Leningradi_Edasi_toimetus, lk 169
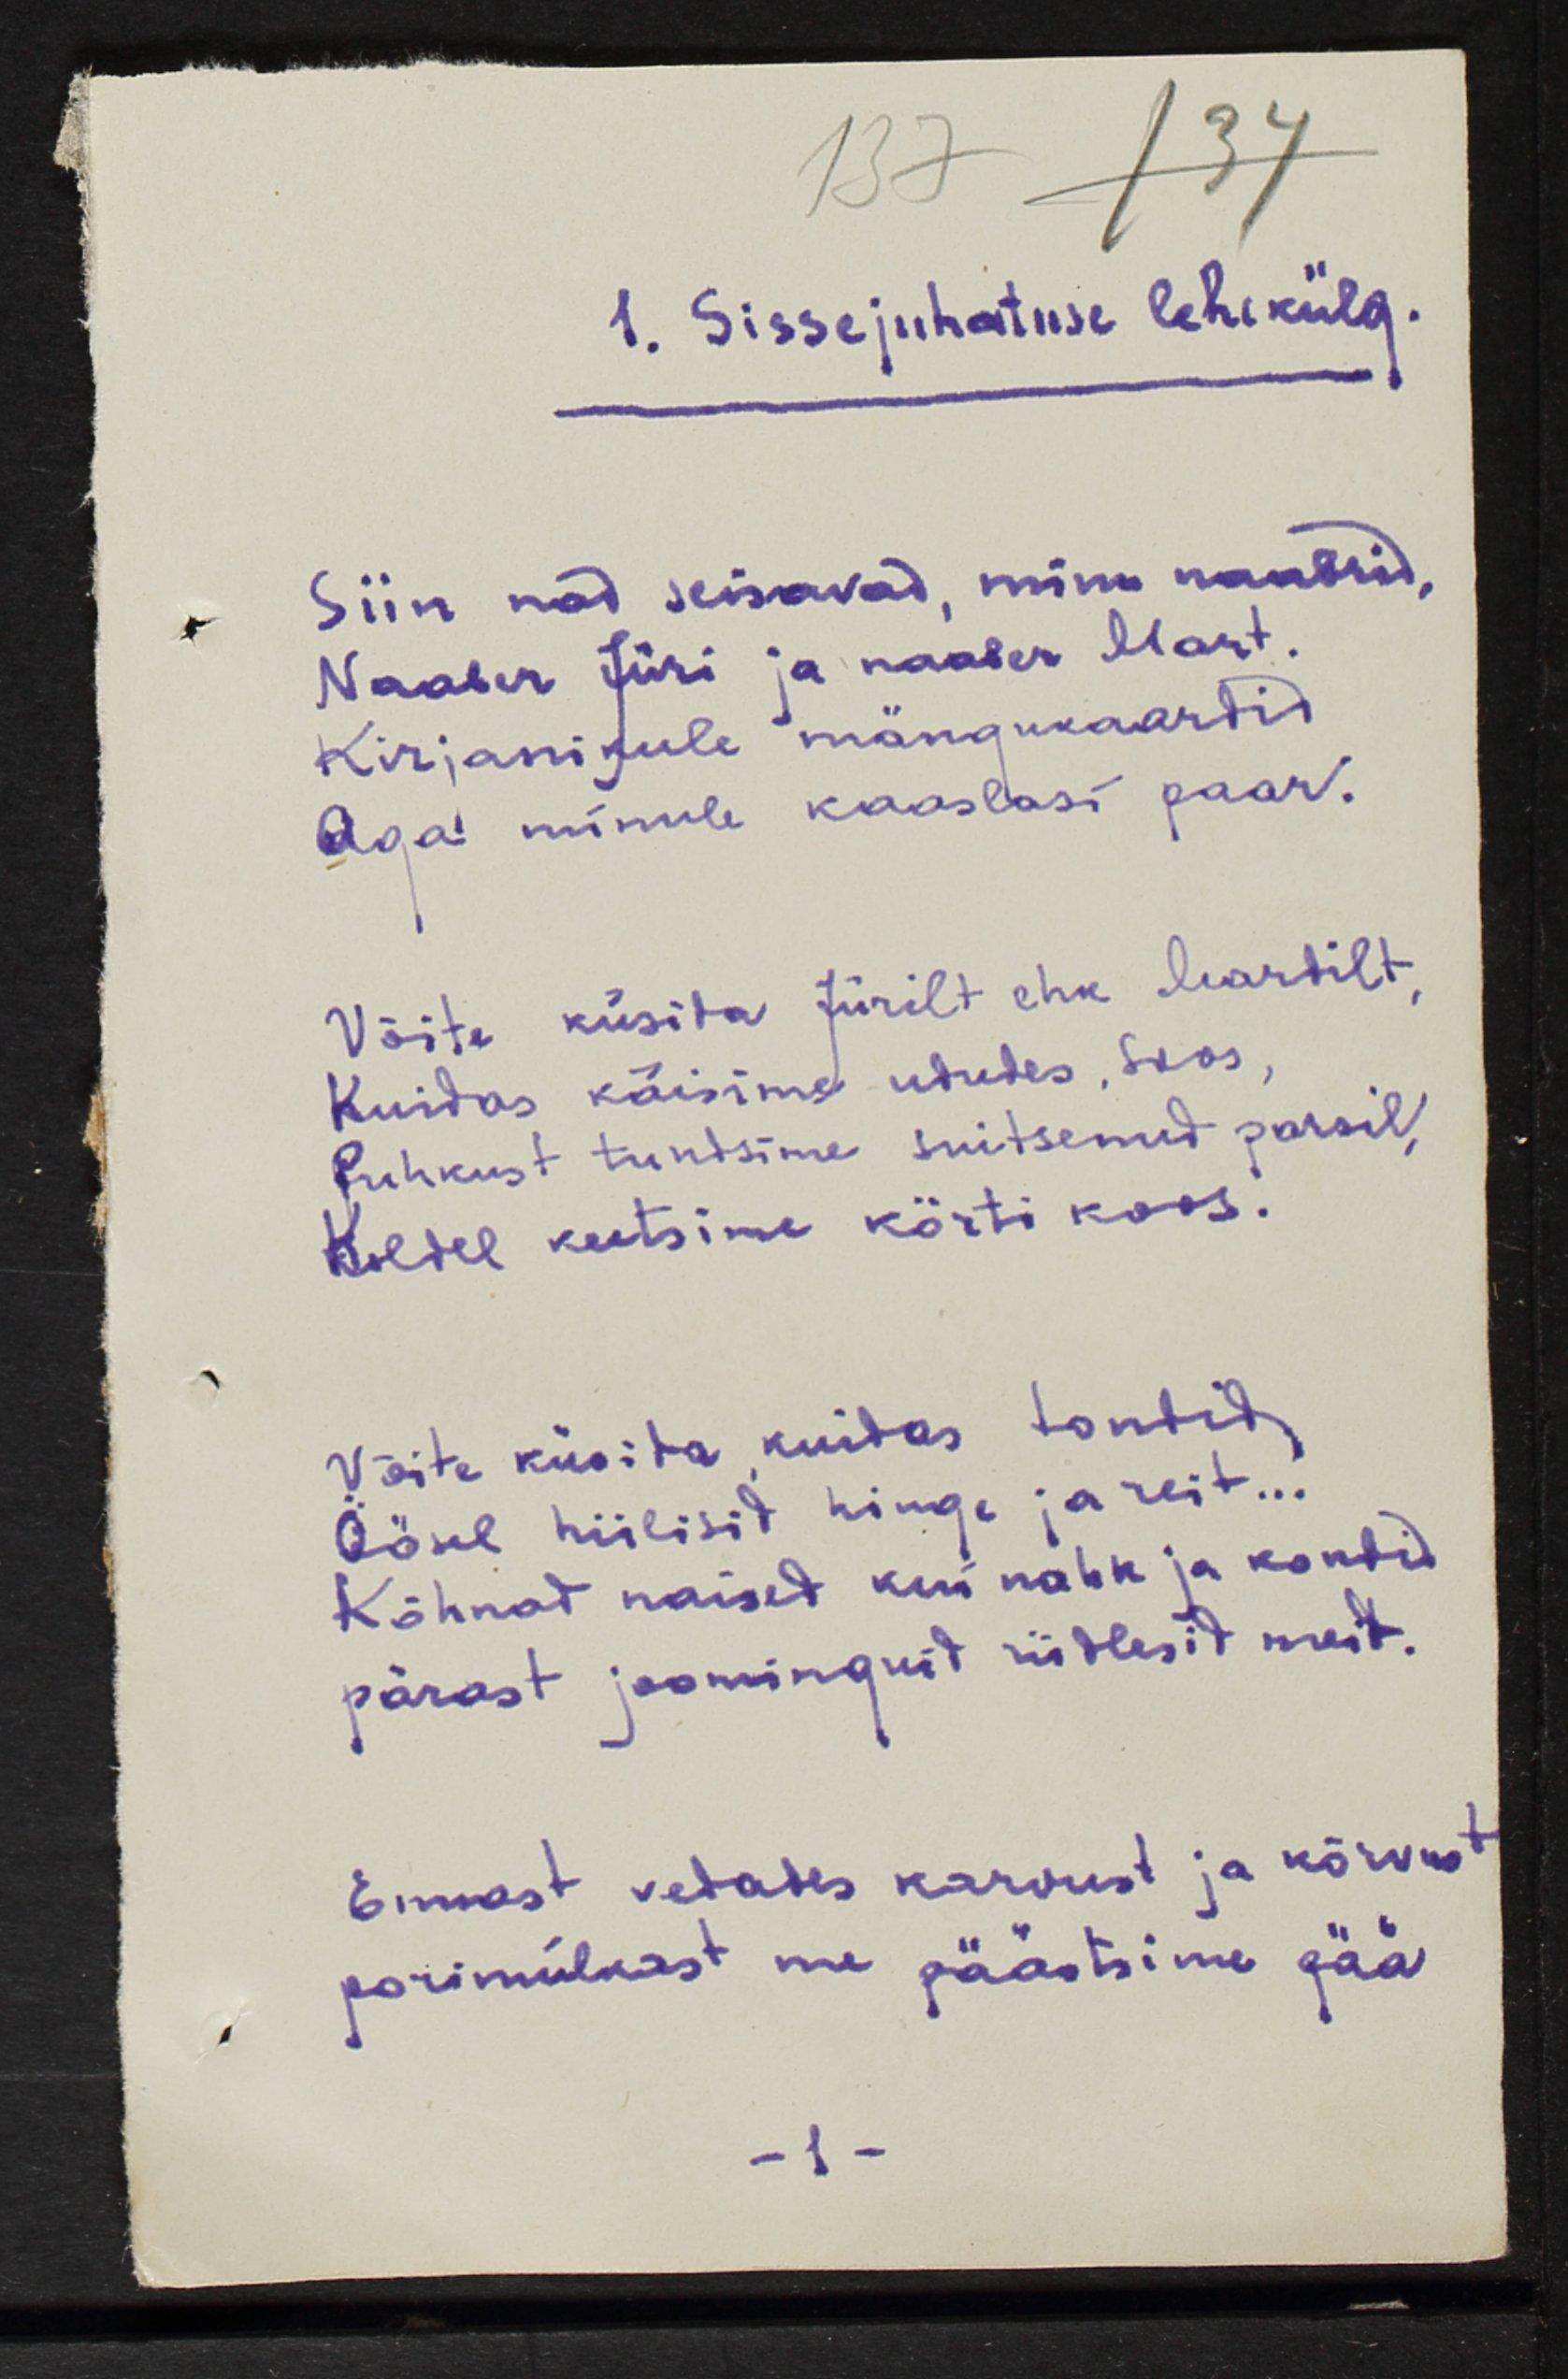
1. Sissejuhatuse lehekülg.
Siin nad seisavad, minu naabrid,
Naaber Jüri ja naaber Mart.
Kirjanikule mängukaardid
Aga minule kaaslasi paar.
Võite küsida Jürilt ehk Mardilt
Kuidas käisime ududes, soos,
Puhkust tundsime suitsenud parsil, 
Koldel keetsime körti koos.
Võite küsida, kuidas tondid 
Öösel hiilisid hinge ja reit...
Kõhnad naised kui nahk ja kondid
pärast joominguid riidlesid meid.
Ennast vedades karvust ja kõrvust
porimülkast me päästsime pää